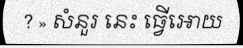
? » សំនួរ នេះ ធ្វើអោយ